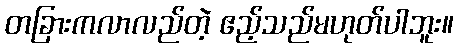
တခြားကလာလည်တဲ့ ဧည့်သည်မဟုတ်ပါဘူး။